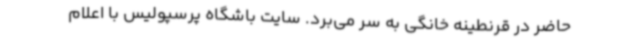
حاضر در قرنطینه خانگی به سر می‌برد. سایت باشگاه پرسپولیس با اعلام